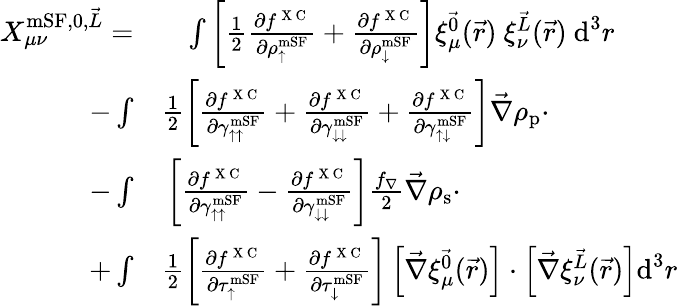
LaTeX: \begin{array}{rl}{X_{\mu\nu}^{\textrm{mSF},0,\vec{L}}=}&{{}\phantom{+}\int\left[\frac{1}{2}\frac{\partial f^{\mathrm{~X~C~}}}{\partial\rho_{\uparrow}^{\textrm{mSF}}}+\frac{\partial f^{\mathrm{~X~C~}}}{\partial\rho_{\downarrow}^{\textrm{mSF}}}\right]\xi_{\mu}^{\vec{0}}(\vec{r})~\xi_{\nu}^{\vec{L}}(\vec{r})~\textrm{d}^{3}r}\\ {-\int}&{{}\frac{1}{2}\left[\frac{\partial f^{\mathrm{~X~C~}}}{\partial\gamma_{\uparrow\uparrow}^{\textrm{mSF}}}+\frac{\partial f^{\mathrm{~X~C~}}}{\partial\gamma_{\downarrow\downarrow}^{\textrm{mSF}}}+\frac{\partial f^{\mathrm{~X~C~}}}{\partial\gamma_{\uparrow\downarrow}^{\textrm{mSF}}}\right]\vec{\nabla}\rho_{\textrm{p}}\cdot}\\ {-\int}&{{}\left[\frac{\partial f^{\mathrm{~X~C~}}}{\partial\gamma_{\uparrow\uparrow}^{\textrm{mSF}}}-\frac{\partial f^{\mathrm{~X~C~}}}{\partial\gamma_{\downarrow\downarrow}^{\textrm{mSF}}}\right]\frac{f_{\nabla}}{2}\vec{\nabla}\rho_{\textrm{s}}\cdot}\\ {+\int}&{{}\frac{1}{2}\left[\frac{\partial f^{\mathrm{~X~C~}}}{\partial\tau_{\uparrow}^{\textrm{mSF}}}+\frac{\partial f^{\mathrm{~X~C~}}}{\partial\tau_{\downarrow}^{\textrm{mSF}}}\right]\left[\vec{\nabla}\xi_{\mu}^{\vec{0}}(\vec{r})\right]\cdot\left[\vec{\nabla}\xi_{\nu}^{\vec{L}}(\vec{r})\right]\textrm{d}^{3}r}\end{array}